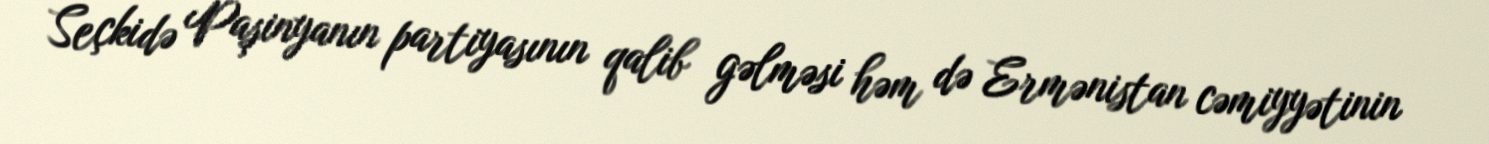
Seçkidə Paşinyanın partiyasının qalib gəlməsi həm də Ermənistan cəmiyyətinin